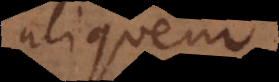
aliquem